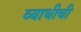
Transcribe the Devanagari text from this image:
व्याधीची